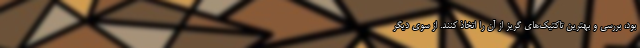
بود، بررسی و بهترین تاکتیک‌های گریز از آن را اتخاذ کنند. از سوی دیگر